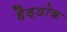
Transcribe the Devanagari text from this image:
हैड्डोक